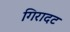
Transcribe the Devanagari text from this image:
गिरादट